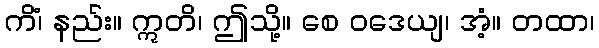
ကိံ၊ နည်း။ ဣတိ၊ ဤသို့။ စေ ဝဒေယျ၊ အံ့။ တထာ၊